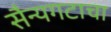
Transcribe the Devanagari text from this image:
सैन्यगटाचा